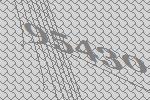
95430